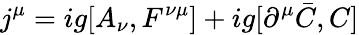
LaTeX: j^{\mu}=ig[A_{\nu},F^{\nu\mu}]+ig[\partial^{\mu}\bar{C},C]